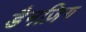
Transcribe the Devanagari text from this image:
डैनज़िग